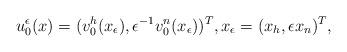
LaTeX: \begin{align*}u_0^\epsilon(x) = (v_0^h(x_\epsilon), \epsilon^{-1}v_0^n(x_\epsilon))^T,x_\epsilon = (x_{h}, \epsilon x_n)^T,\end{align*}